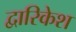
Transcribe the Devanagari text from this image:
द्वारिकेश